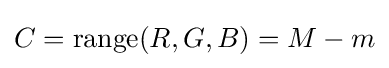
C=\operatorname {range} (R,G,B)=M-m